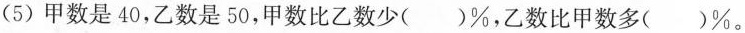
(5)甲数是40，乙数是50，甲数比乙数少( )%，乙数比甲数多( )%。